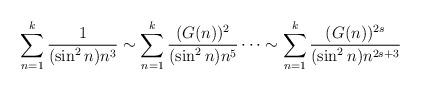
LaTeX: \begin{align*}\sum \limits_{n=1}^{k}\frac{1}{(\sin^2n) n^3} \sim \sum \limits_{n=1}^{k}\frac{(G(n))^2}{(\sin^2n) n^5}\cdots \sim \sum \limits_{n=1}^{k}\frac{(G(n))^{2s}}{(\sin^2n) n^{2s+3}}\end{align*}